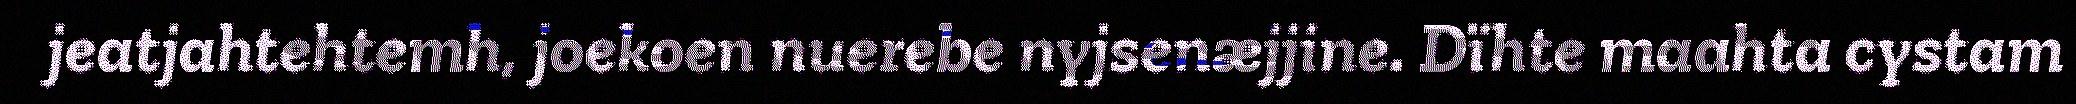
jeatjahtehtemh, joekoen nuerebe nyjsenæjjine. Dïhte maahta cystam